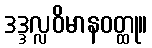
ဒဒ္ဒလ္လဝိမာနဝတ္ထု။